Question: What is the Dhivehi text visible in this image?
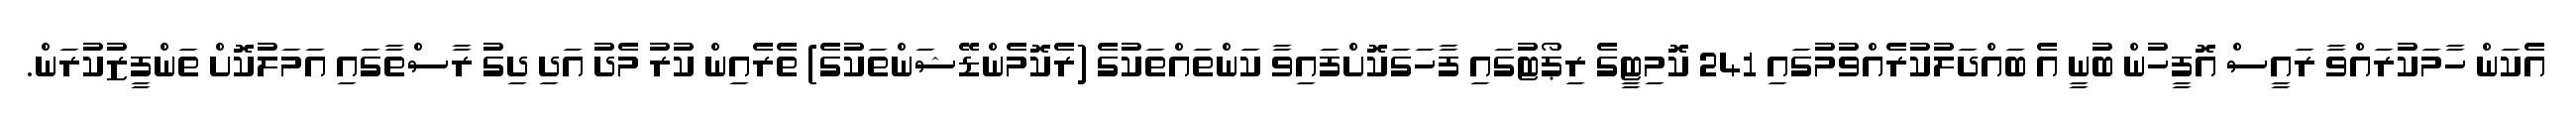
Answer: އެކަން ހާމަކުރައްވާ ރައީސް އޮފީހުން ބުނީ އެ ބައްދަލުކުރެއްވުމުގައި 241 ކޮމިޓީގެ ރިޕޯޓުގައި ފާހަގަކޮށްފައިވާ ކަންތައްތަކުގެ (ރެކޮމެންޑޭޝަންތަކުގެ) ތެރެއިން ކުރު މެދު އަދި ދިގު ރާސްތާގައި އަމަލުކޮށް ތަންފީޒުކުރަން.